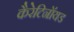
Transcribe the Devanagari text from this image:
कैरेटिनॉयड